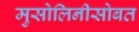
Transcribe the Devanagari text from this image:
मुसोलिनीसोबत